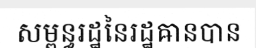
សម្ពន្ធរដ្ឋនៃរដ្ឋឝានបាន